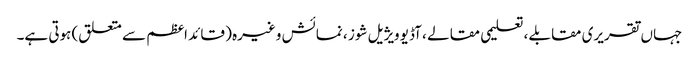
جہاں تقریری مقابلے ، تعلیمی مقالے ، آڈیو ویژیل شوز ، نمائش وغیرہ ( قائد اعظم سے متعلق) ہوتی ہے۔